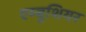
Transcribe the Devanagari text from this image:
एम्बुशियर